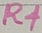
Text: R4